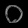
Digit: ၀